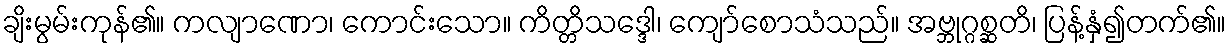
ချိးမွမ်းကုန်၏။ ကလျာဏော၊ ကောင်းသော။ ကိတ္တိသဒ္ဒေါ၊ ကျော်စောသံသည်။ အဗ္ဘုဂ္ဂစ္ဆတိ၊ ပြန့်နှံ၍တက်၏။